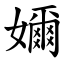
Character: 嬭